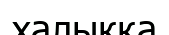
халыкқа